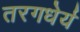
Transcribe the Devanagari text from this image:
तरगधेर्य